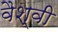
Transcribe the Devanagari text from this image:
वैश्वी